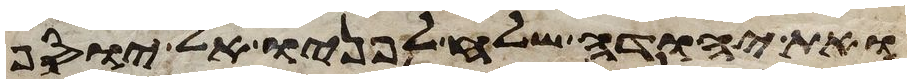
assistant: ואת יהודה שלח לפניו אל יוסף